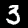
Label: 3